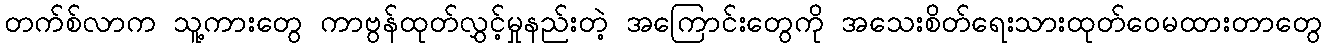
တက်စ်လာက သူ့ကားတွေ ကာဗွန်ထုတ်လွှင့်မှုနည်းတဲ့ အကြောင်းတွေကို အသေးစိတ်ရေးသားထုတ်ဝေမထားတာတွေ